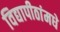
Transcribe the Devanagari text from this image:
विद्यापीठांमधे